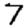
Digit: 7